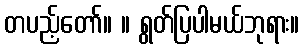
တပည့်တော်။ ။ ရွတ်ပြပါမယ်ဘုရား။